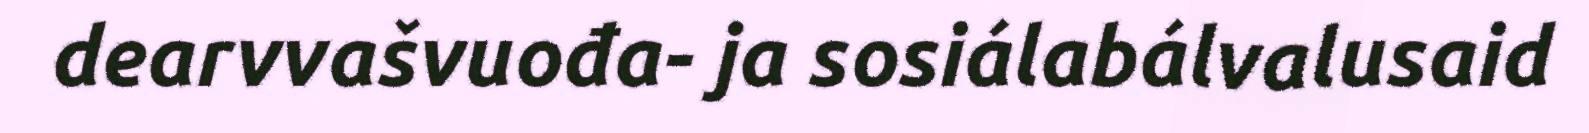
dearvvašvuođa- ja sosiálabálvalusaid